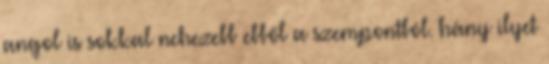
angol is sokkal nehezebb ebből a szempontból. hány ilyet